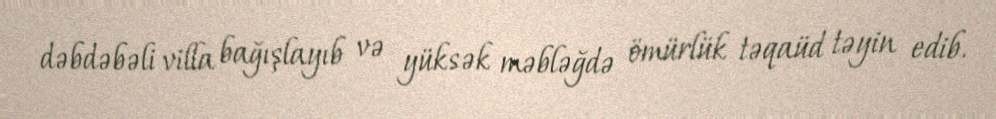
dəbdəbəli villa bağışlayıb və yüksək məbləğdə ömürlük təqaüd təyin edib.